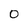
Character: 0